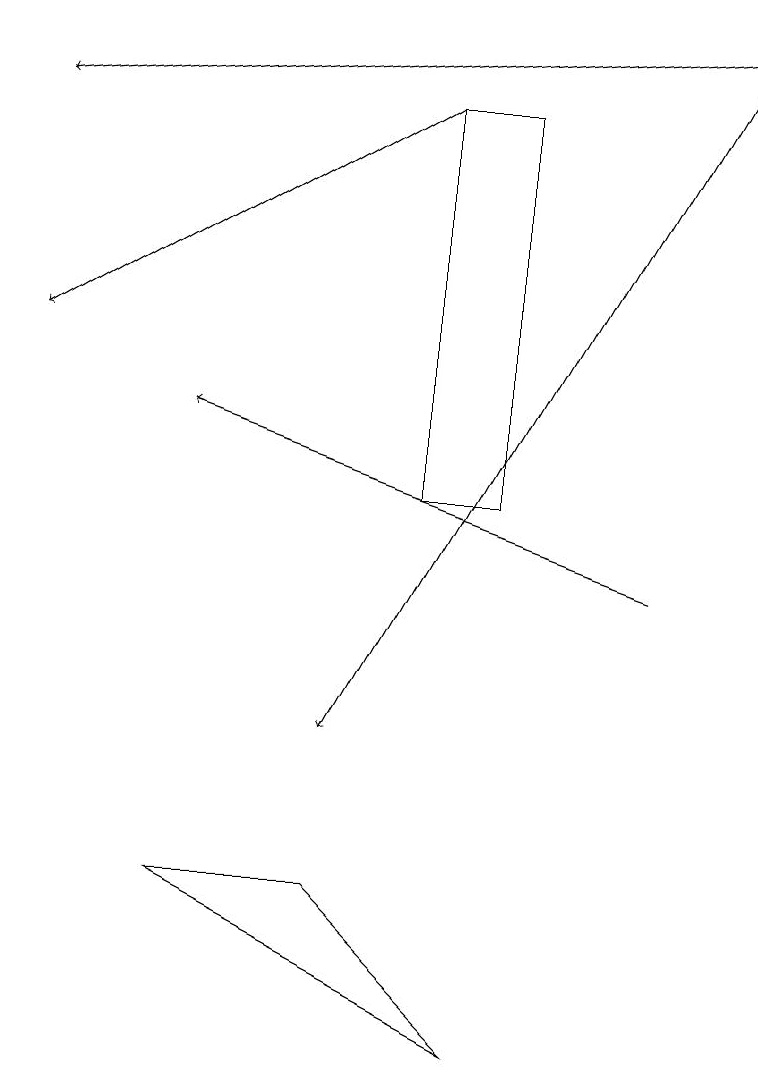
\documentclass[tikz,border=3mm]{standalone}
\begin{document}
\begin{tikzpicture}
\draw (2,8) -- (6,6) -- (4,8) -- cycle;
\draw (5,18) rectangle (6,13);
\draw[->] (9,19) -- (4,10);
\draw[->] (9,19) -- (0,18);
\draw[->] (8,12) -- (2,14);
\draw[->] (5,18) -- (0,15);
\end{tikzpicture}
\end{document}